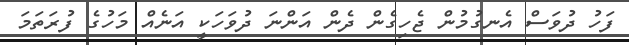
ފަހު ދުވަސް އެނގުމުން ޖެހިގެން ދެން އަންނަ ދުވަހަކީ އަނެއް މަހުގެ ފުރަތަމަ